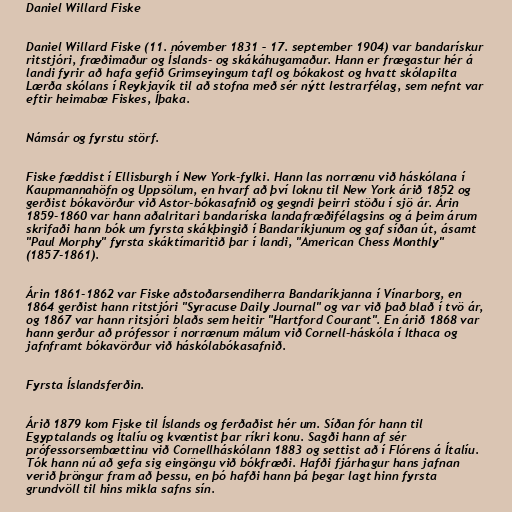
Daniel Willard Fiske

Daniel Willard Fiske (11. nóvember 1831 – 17. september 1904) var bandarískur
ritstjóri, fræðimaður og Íslands- og skákáhugamaður. Hann er frægastur hér á
landi fyrir að hafa gefið Grimseyingum tafl og bókakost og hvatt skólapilta
Lærða skólans í Reykjavík til að stofna með sér nýtt lestrarfélag, sem nefnt var
eftir heimabæ Fiskes, Íþaka.

Námsár og fyrstu störf.

Fiske fæddist í Ellisburgh í New York-fylki. Hann las norrænu við háskólana í
Kaupmannahöfn og Uppsölum, en hvarf að því loknu til New York árið 1852 og
gerðist bókavörður við Astor-bókasafnið og gegndi þeirri stöðu í sjö ár. Árin
1859-1860 var hann aðalritari bandaríska landafræðifélagsins og á þeim árum
skrifaði hann bók um fyrsta skákþingið í Bandaríkjunum og gaf síðan út, ásamt
"Paul Morphy" fyrsta skáktímaritið þar í landi, "American Chess Monthly"
(1857-1861).

Árin 1861-1862 var Fiske aðstoðarsendiherra Bandaríkjanna í Vínarborg, en
1864 gerðist hann ritstjóri "Syracuse Daily Journal" og var við það blað í tvö ár,
og 1867 var hann ritsjóri blaðs sem heitir "Hartford Courant". En árið 1868 var
hann gerður að prófessor í norrænum málum við Cornell-háskóla í Ithaca og
jafnframt bókavörður við háskólabókasafnið.

Fyrsta Íslandsferðin.

Árið 1879 kom Fiske til Íslands og ferðaðist hér um. Síðan fór hann til
Egyptalands og Ítalíu og kvæntist þar ríkri konu. Sagði hann af sér
prófessorsembættinu við Cornellháskólann 1883 og settist að í Flórens á Ítalíu.
Tók hann nú að gefa sig eingöngu við bókfræði. Hafði fjárhagur hans jafnan
verið þröngur fram að þessu, en þó hafði hann þá þegar lagt hinn fyrsta
grundvöll til hins mikla safns sín.